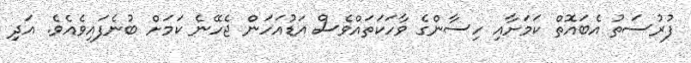
ފުރުސަތު އެބައޮތް ކަމަށާއި ހިސާންގެ ވާހަކަަތައްވެސް އަޑުއަހަން ޖެހޭނެ ކަމަށް ބުނެފައިވެއެވެ. އަދި